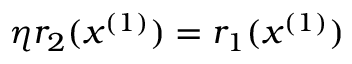
\eta r _ { 2 } ( x ^ { ( 1 ) } ) = r _ { 1 } ( x ^ { ( 1 ) } )